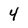
Character: 4